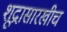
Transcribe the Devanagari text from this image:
शूद्रासारखीच